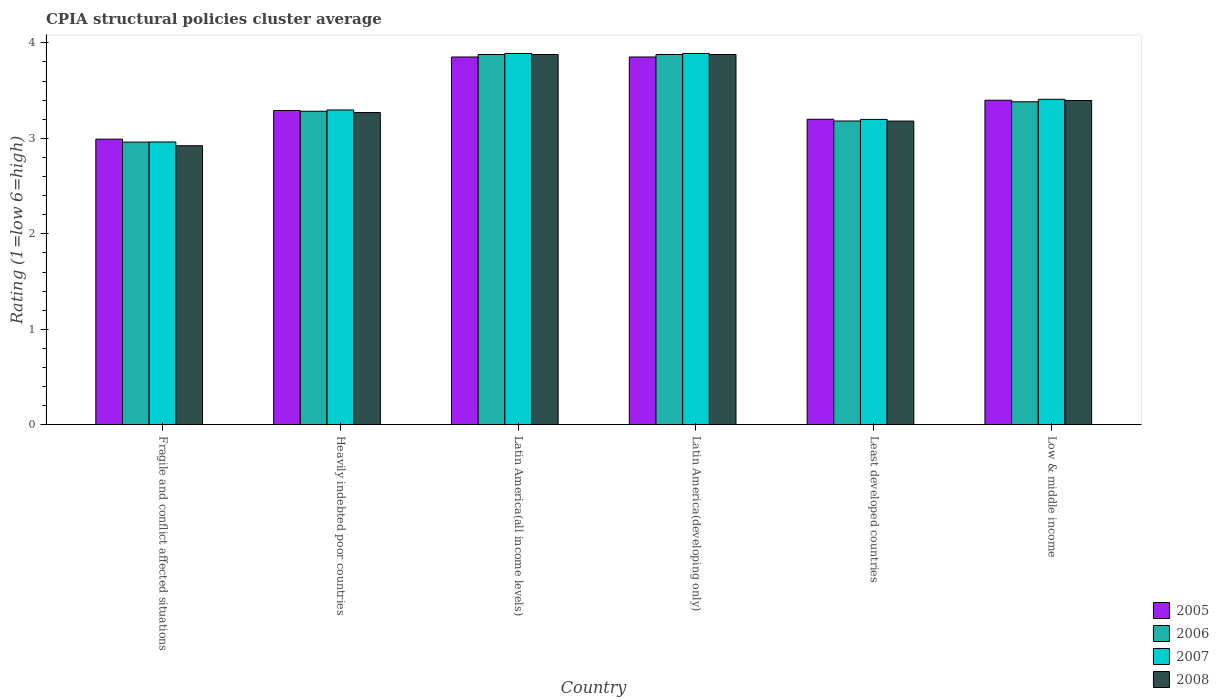
| Country | 2005 | 2006 | 2007 | 2008 |
 | --- | --- | --- | --- | --- |
 | Fragile and conflict affected situations | 2.99 | 2.96 | 2.96 | 2.92 |
 | Heavily indebted poor countries | 3.29 | 3.28 | 3.3 | 3.27 |
 | Latin America(all income levels) | 3.85 | 3.88 | 3.89 | 3.88 |
 | Latin America(developing only) | 3.85 | 3.88 | 3.89 | 3.88 |
 | Least developed countries | 3.2 | 3.18 | 3.2 | 3.18 |
 | Low & middle income | 3.4 | 3.38 | 3.41 | 3.4 |